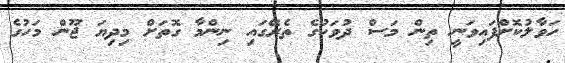
ހަވާލުކޮށްފައިވަނީ ތިން މަސް ދުވަހުގެ ތެރޭގައި ނިންމާ ގޮތަށް މިދިޔަ ޖޫން މަހުގެ